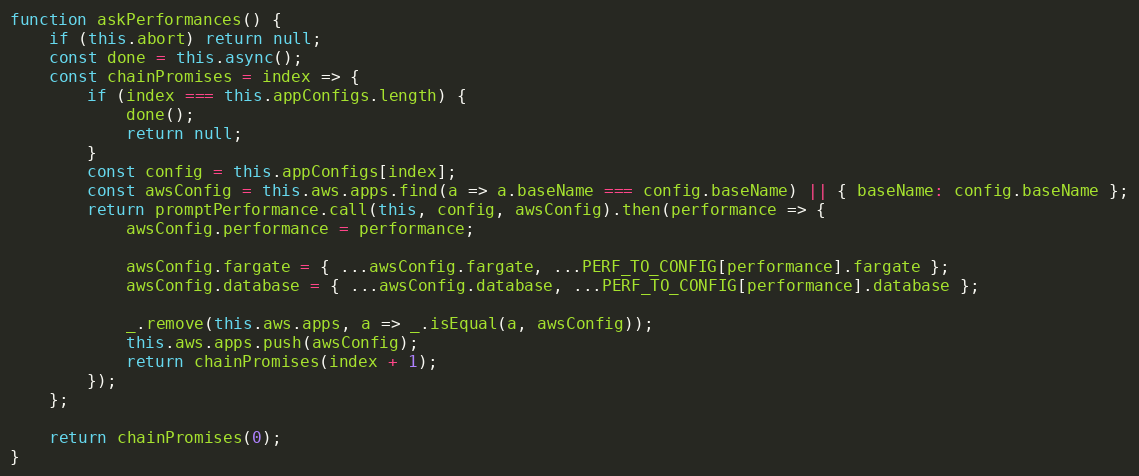
Language: JavaScript
function askPerformances() {
    if (this.abort) return null;
    const done = this.async();
    const chainPromises = index => {
        if (index === this.appConfigs.length) {
            done();
            return null;
        }
        const config = this.appConfigs[index];
        const awsConfig = this.aws.apps.find(a => a.baseName === config.baseName) || { baseName: config.baseName };
        return promptPerformance.call(this, config, awsConfig).then(performance => {
            awsConfig.performance = performance;

            awsConfig.fargate = { ...awsConfig.fargate, ...PERF_TO_CONFIG[performance].fargate };
            awsConfig.database = { ...awsConfig.database, ...PERF_TO_CONFIG[performance].database };

            _.remove(this.aws.apps, a => _.isEqual(a, awsConfig));
            this.aws.apps.push(awsConfig);
            return chainPromises(index + 1);
        });
    };

    return chainPromises(0);
}